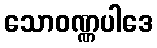
သောဝဏ္ဏပါဒေ